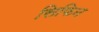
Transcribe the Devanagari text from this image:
सिफिन